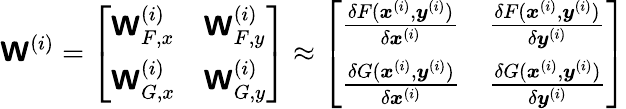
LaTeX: \boldsymbol{\mathsf{W}}^{(i)}=\left[\begin{array}{ll}{\boldsymbol{\mathsf{W}}_{F,x}^{(i)}}&{\boldsymbol{\mathsf{W}}_{F,y}^{(i)}}\\ {\boldsymbol{\mathsf{W}}_{G,x}^{(i)}}&{\boldsymbol{\mathsf{W}}_{G,y}^{(i)}}\end{array}\right]\approx\left[\begin{array}{ll}{\frac{\delta F(\boldsymbol{x}^{(i)},\boldsymbol{y}^{(i)})}{\delta\boldsymbol{x}^{(i)}}}&{\frac{\delta F(\boldsymbol{x}^{(i)},\boldsymbol{y}^{(i)})}{\delta\boldsymbol{y}^{(i)}}}\\ {\frac{\delta G(\boldsymbol{x}^{(i)},\boldsymbol{y}^{(i)})}{\delta\boldsymbol{x}^{(i)}}}&{\frac{\delta G(\boldsymbol{x}^{(i)},\boldsymbol{y}^{(i)})}{\delta\boldsymbol{y}^{(i)}}}\end{array}\right]